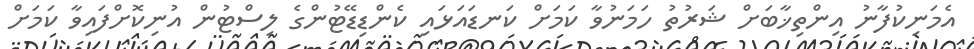
އެމަނިކުފާނު އިންތިޚާބަށް ޝަރުތު ހަމަނުވާ ކަމަށް ކަނޑައަޅައި ކެންޑިޑޭޓުންގެ ލިސްޓުން އުނިކޮށްފައިވާ ކަމަށް